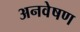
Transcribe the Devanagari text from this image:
अनवेषण